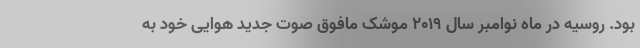
بود. روسیه در ماه نوامبر سال ۲۰۱۹ موشک مافوق صوت جدید هوایی خود به